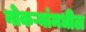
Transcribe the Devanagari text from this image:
नोकऱ्यांमधील